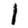
Digit: 1